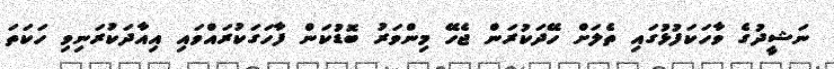
ނަޝީދުގެ ވާހަކަފުޅުގައި ތެލަށް ހޭދަކުރަން ޖެހޭ މިންވަރު ބޮޑުކަން ފާހަގަކުރައްވައި އިއާދަކުރަނިވި ހަކަތަ